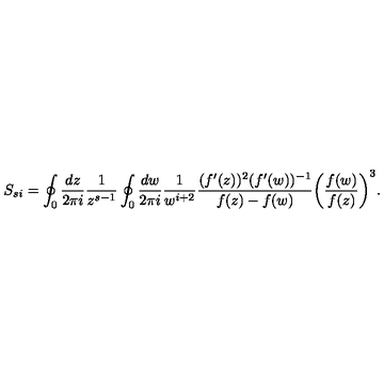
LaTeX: S _ { s i } = \oint _ { 0 } { \frac { d z } { 2 \pi i } } { \frac { 1 } { z ^ { s - 1 } } } \oint _ { 0 } { \frac { d w } { 2 \pi i } } { \frac { 1 } { w ^ { i + 2 } } } { \frac { ( f ^ { \prime } ( z ) ) ^ { 2 } ( f ^ { \prime } ( w ) ) ^ { - 1 } } { f ( z ) - f ( w ) } } \biggl ( { \frac { f ( w ) } { f ( z ) } } \biggr ) ^ { 3 } .